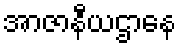
အာဇာနီယဌာနေ